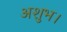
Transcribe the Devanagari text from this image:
अशुभ।